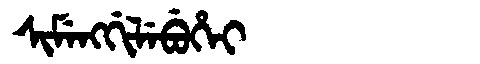
Manchu: ᠰᡳᠮᡝᠩᡤᡳᠯᡝᠪᡠᡥᡝᡳ
Romanization: SIMENGGILEBUHEI